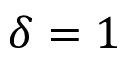
\delta = 1